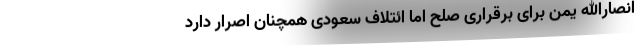
انصارالله یمن برای برقراری صلح اما ائتلاف سعودی همچنان اصرار دارد